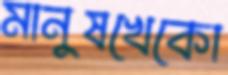
মানুষখেকো